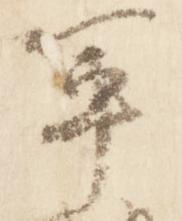
軍